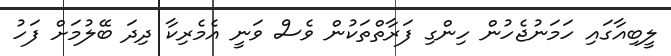
ލީބިއާގައި ހަމަނުޖެހުން ހިންގި ފަރާތްތަކުން ވެސް ވަނީ އެމެރިކާ ދިދަ ބޭލުމަށް ފަހު